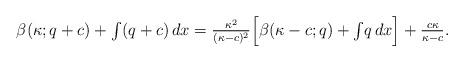
LaTeX: \begin{align*}\beta(\kappa; q+c) + {\textstyle\int} (q+c)\,dx = \tfrac{\kappa^2}{(\kappa-c)^2} \Bigl[\beta(\kappa -c;q) + {\textstyle\int} q\,dx\Bigr]+ \tfrac{c \kappa}{\kappa-c}.\end{align*}